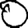
Digit: 0